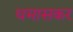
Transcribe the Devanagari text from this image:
धमासकर